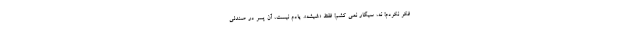
فکر نکردم! نه، سیگار نمی کشم! فقط «شیشه». یادم نیست، آن پسر در صندلی